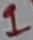
Text: 1